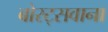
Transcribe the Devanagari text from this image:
बोस्ट्सवाना